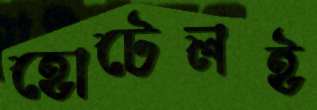
হোটেলই